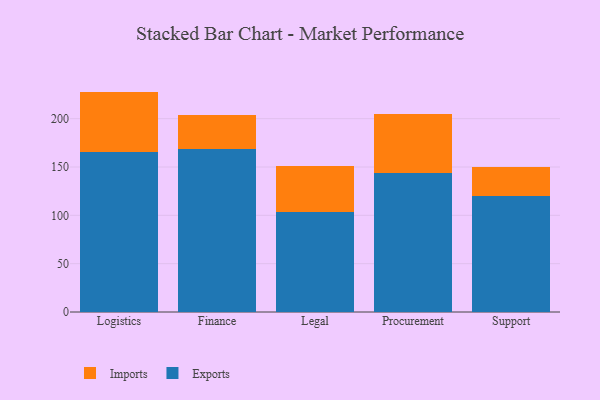
{"axis": {"x": "Department", "y": "Inventory Turnover"}, "legend": ["Exports", "Imports"], "data": [{"x": "Logistics", "y": 165.3, "type": "Exports"}, {"x": "Logistics", "y": 62.7, "type": "Imports"}, {"x": "Finance", "y": 168.3, "type": "Exports"}, {"x": "Finance", "y": 35.9, "type": "Imports"}, {"x": "Legal", "y": 103.2, "type": "Exports"}, {"x": "Legal", "y": 47.4, "type": "Imports"}, {"x": "Procurement", "y": 143.7, "type": "Exports"}, {"x": "Procurement", "y": 61.4, "type": "Imports"}, {"x": "Support", "y": 120.1, "type": "Exports"}, {"x": "Support", "y": 30.4, "type": "Imports"}]}